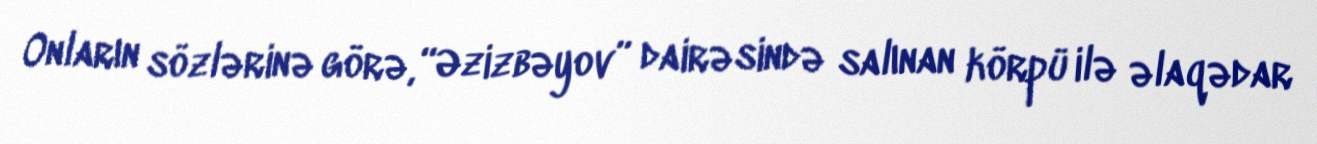
Onların sözlərinə görə, “Əzizbəyov” dairəsində salınan körpü ilə əlaqədar